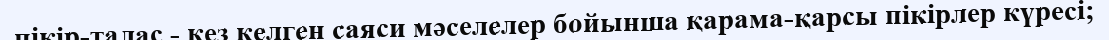
пікір-талас - кез келген саяси мәселелер бойынша қарама-қарсы пікірлер күресі;